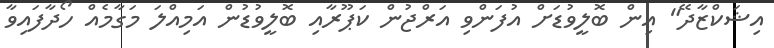
އިޝަކްޒާދޭ" އިން ބޮލީވުޑަށް އުފަންވި އަރްޖުން ކަޕޫރާއި ބޮލީވުޑުން އަމިއްލަ މަގާމެއް ހޯދާފައިވާ